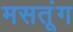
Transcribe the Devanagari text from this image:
मसतूंग